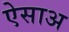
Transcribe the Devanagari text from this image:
ऐसाअ